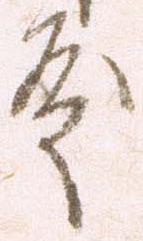
殿